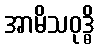
အာမိသဝုဒ္ဓိ